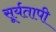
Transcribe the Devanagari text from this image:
सूर्यतापी